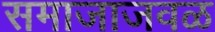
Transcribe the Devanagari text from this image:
समाजाजवळ